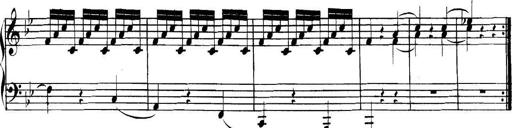
Title: Collected Piano Sonatas
Composer: Muzio Clementi